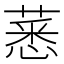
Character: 𦸝